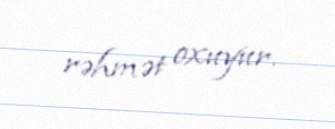
rəhmət oxuyur.